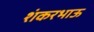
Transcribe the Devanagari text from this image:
शंकरभाऊ